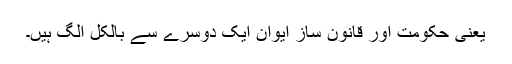
یعنی حکومت اور قانون ساز ایوان ایک دوسرے سے بالکل الگ ہیں۔